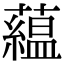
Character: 藴